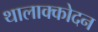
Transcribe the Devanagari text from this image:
थालाक्कोदन